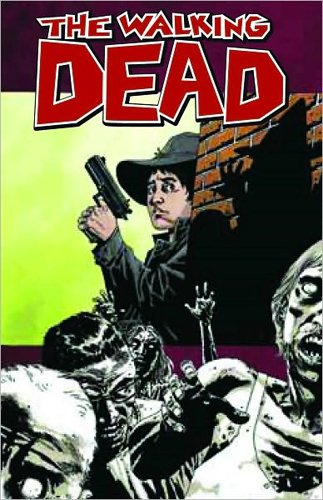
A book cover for The Walking Dead, Vol. 12: Life Among Them; Robert Kirkman; Comics & Graphic Novels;